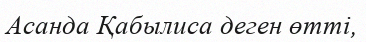
Асанда Қабылиса деген өтті,